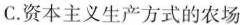
C.资本主义生产方式的农场